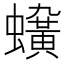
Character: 𧓛